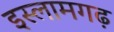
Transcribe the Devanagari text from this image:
इस्लामगढ़